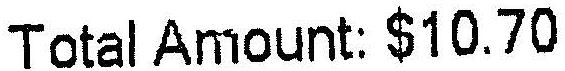
TOTAL AMOUNT: $10.70